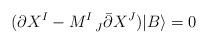
LaTeX: \begin{align*}(\partial X^I - M^{I}_{\ \ J} \bar \partial X^J) |B\rangle=0\end{align*}